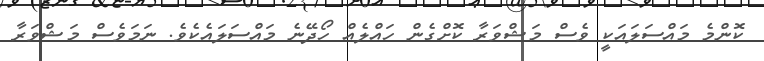
ކޮންމެ މައްސަލައަކީ ވެސް މަޝްވަރާ ކޮށްގެން ހައްލެއް ހޯދޭނެ މައްސަލައެކެވެ. ނަމަވެސް މަޝްވަރާ